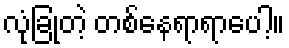
လုံခြုံတဲ့ တစ်နေရာရာပေါ့။